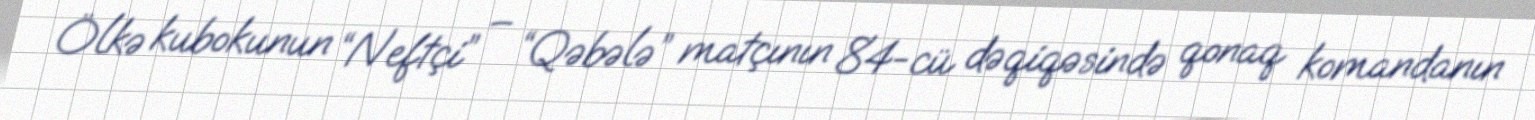
Ölkə kubokunun “Neftçi” – “Qəbələ” matçının 84-cü dəqiqəsində qonaq komandanın